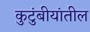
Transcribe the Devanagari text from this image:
कुटुंबीयांतील